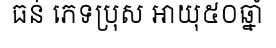
ធន់ ភេទប្រុស អាយុ៥០ឆ្នាំ